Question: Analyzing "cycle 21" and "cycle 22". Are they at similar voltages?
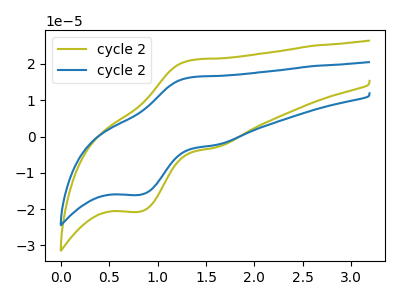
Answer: <think>The olive curve "cycle 21" has an anodic peak at (1.35V, 21.05uA) and a cathodic peak at (0.80V, -20.70uA). The blue curve "cycle 22" has an anodic peak at (1.35V, 16.35uA) and a cathodic peak at (0.80V, -16.10uA).
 All the peaks in "cycle 21" have a peak in "cycle 22" at the same potential. Every peak in "cycle 21" is higher than every peak in "cycle 22".</think>
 <answer>"cycle 21" and "cycle 22" are similar in shape.</answer>
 <eval>same_shape</eval>